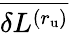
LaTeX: \overline{{\delta L^{(r_{\mathrm{u}})}}}